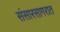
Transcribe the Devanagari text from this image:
संसारसागरात